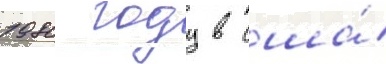
1980 году в сша́